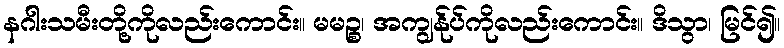
နဂါးသမီးတို့ကိုလည်းကောင်း။ မမဉ္စ၊ အကျွန်ုပ်ကိုလည်းကောင်း။ ဒိသွာ၊ မြင်၍။